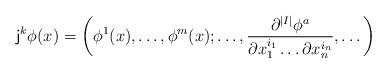
LaTeX: \begin{align*}{\sf j}^k\phi(x)=\left(\phi^1(x),\dots,\phi^m(x);\dots,\frac{\partial^{|I|} \phi^{a}}{\partial x_1^{i_1}\dots\partial x_n^{i_n}},\dots\right)\end{align*}